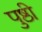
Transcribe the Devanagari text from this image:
पुष्ठी